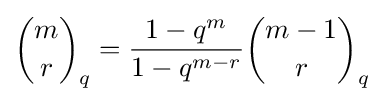
{\binom {m}{r}}_{q}={\frac {1-q^{m}}{1-q^{m-r}}}{\binom {m-1}{r}}_{q}